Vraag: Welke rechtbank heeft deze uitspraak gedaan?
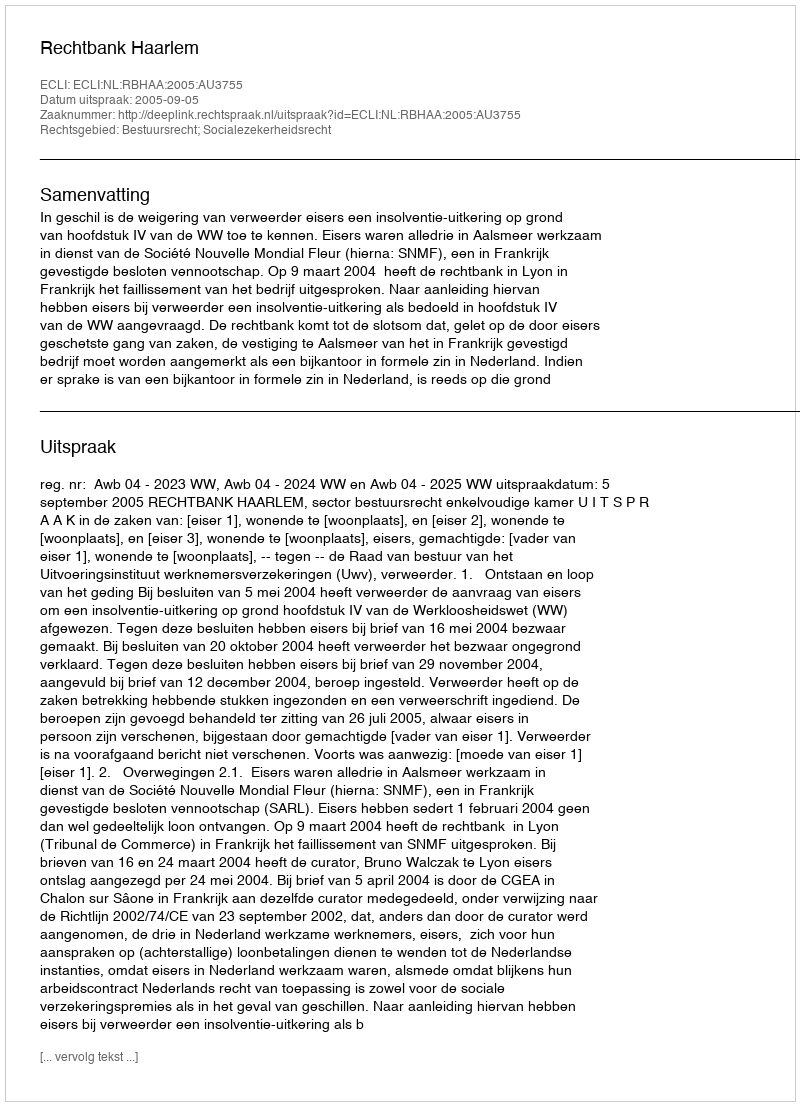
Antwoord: Rechtbank Haarlem